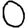
Digit: 0